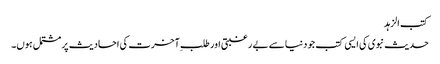
کتب الزہد
حدیث نبوی کی ایسی کتب جو دنیا سے بے رغبتی اور طلبِ آخرت کی احادیث پر مشتمل ہوں۔